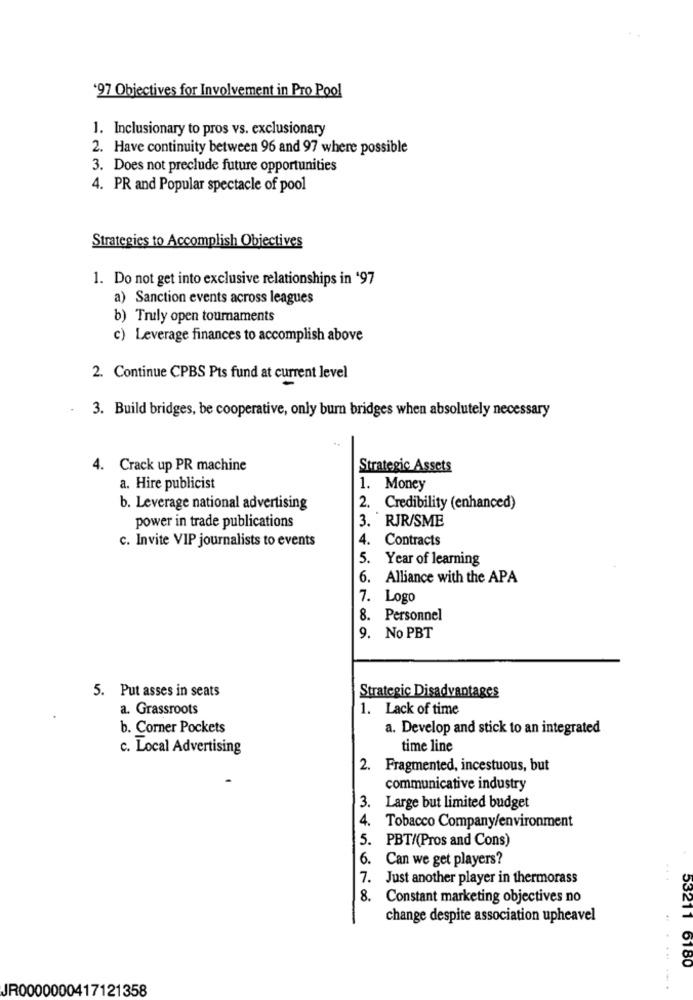
'97 Objectives for Involvement in Pro Pool
1. Inclusionary to pros vs. exclusionary
2. Have continuity between 96 and 97 where possible
3. Does not preclude future opportunities
4. PR and Popular spectacle of pool
Strategies to Accomplish Objectives
1. Do not get into exclusive relationships in '97
a) Sanction events across leagues
b) Truly open tournaments
c) Leverage finances to accomplish above
2. Continue CPBS Pts fund at current level
3. Build bridges, be cooperative, only burn bridges when absolutely necessary
4. Crack up PR machine
Strategic Assets
a. Hire publicist
1. Money
b. Leverage national advertising
2. Credibility (enhanced)
3. RJR/SME
power in trade publications
c. Invite VIP journalists to events
4.
Contracts
5.
Year of learning
6. Alliance with the APA
7. Logo
8. Personnel
9. No PBT
Strategic Disadvantages
5. Put asses in seats
a. Grassroots
1. Lack of time
b. Corner Pockets
a. Develop and stick to an integrated
c. Local Advertising
time line
2. Fragmented, incestuous, but
communicative industry
3. Large but limited budget
4.
Tobacco Company/environment
5. PBT/(Pros and Cons)
6.
Can we get players?
7. Just another player in thermorass
...
8.
Constant marketing objectives no
change despite association upheavel
53211 6180
JR0000000417121358
.. .......